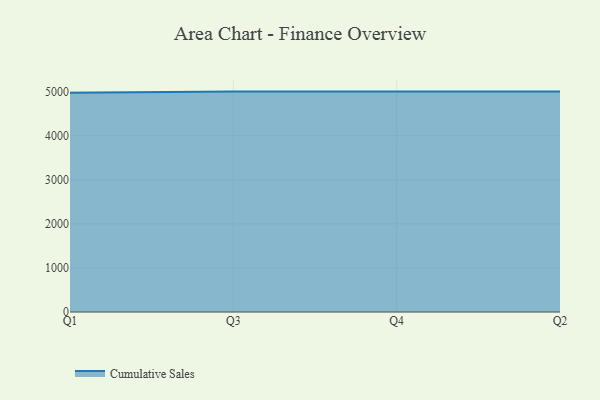
{"axis": {"x": "Quarter", "y": "Website Visitors"}, "legend": ["Cumulative Sales"], "data": [{"x": "Q1", "y": 4973.1, "type": "Cumulative Sales"}, {"x": "Q3", "y": 5000, "type": "Cumulative Sales"}, {"x": "Q4", "y": 5000, "type": "Cumulative Sales"}, {"x": "Q2", "y": 5000, "type": "Cumulative Sales"}]}